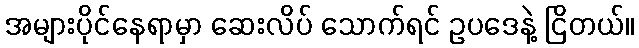
အများပိုင်နေရာမှာ ဆေးလိပ် သောက်ရင် ဥပဒေနဲ့ ငြိတယ်။